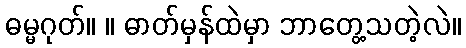
ဓမ္မဂုတ်။ ။ ဓာတ်မှန်ထဲမှာ ဘာတွေ့သတဲ့လဲ။